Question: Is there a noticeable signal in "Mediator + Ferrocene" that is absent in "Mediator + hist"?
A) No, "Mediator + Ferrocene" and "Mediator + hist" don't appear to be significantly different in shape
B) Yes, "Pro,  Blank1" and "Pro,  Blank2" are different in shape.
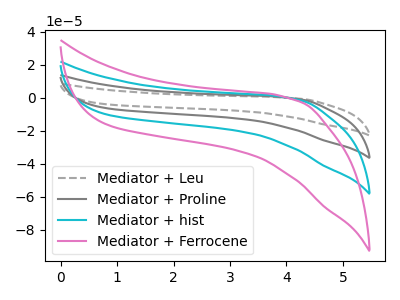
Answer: <think>The gray dashed curve "Mediator + Leu" has no peaks. The gray curve "Mediator + Proline" has no peaks. The cyan curve "Mediator + hist" has no peaks. The pink curve "Mediator + Ferrocene" has no peaks.
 Neither "Mediator + Ferrocene" or "Mediator + hist" have any peaks.</think>
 <answer>A) No, "Mediator + Ferrocene" and "Mediator + hist" don't appear to be significantly different in shape</answer>
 <eval>A</eval>